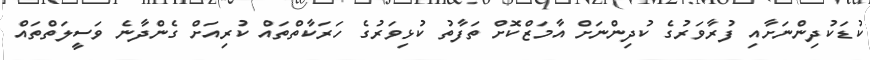
ކުޑަކުދިންނަށާއި ފުރާވަރުގެ ކުދިންނަށް އާމަޒްކޮށް ތަފާތު ކުޅިވަރުގެ ހަރަކާތްތައް ކުރިއަށް ގެންދާނެ ވަސީލަތްތައް